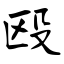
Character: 殴